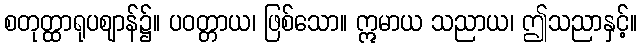
စတုတ္ထာရုပဈာန်၌။ ပဝတ္တာယ၊ ဖြစ်သော။ ဣမာယ သညာယ၊ ဤသညာနှင့်။